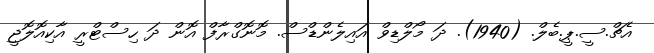
އެޗް.ސީ.ޕީ.ބެލް. (1940). ދަ މޯލްޑިވް އައިލެންޑްސް. މޮނޮގްރާފް އޮން ދަ ހިސްޓްރީ އާކިއޮލޮޖީ